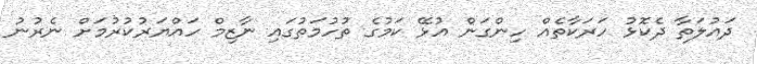
ދައުލަތާ ދެކޮޅު ހަރަކާތެއް ހިންގަން އުޅޭ ކަމުގެ ތުހުމަތުގައި ނާޒިމް ހައްޔަރުކުރުމަށް ނެރުނު